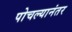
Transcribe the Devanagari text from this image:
पोचल्यानंतर